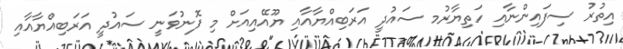
އިތުރު ސިފައިންނާއި ހަތިޔާރުމ ސައުދީ އަރަބިއްޔާއާއި ޔޫއޭއިއަށް މި ފޮނުވަނީ ސައުދީ އަރަބިއްޔާއާއި